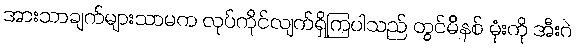
အားသာချက်များသာမက လုပ်ကိုင်လျက်ရှိကြပါသည် တွင်မိနစ် မုံးကို အီးဂဲ